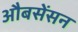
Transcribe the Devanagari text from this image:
औबसेंसन